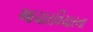
આચારવિચારના